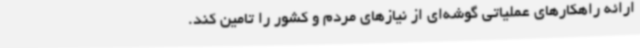
ارائه راهکارهای عملیاتی گوشه‌ای از نیازهای مردم و کشور را تامین کند.